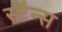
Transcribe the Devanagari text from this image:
स्टैन्स